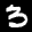
Label: 3